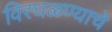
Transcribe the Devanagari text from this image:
विरघळण्याचे